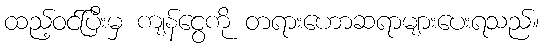
ထည့်ဝင်ပြီးမှ ကျန်ငွေကို တရားဟောဆရာများပေးရသည်။